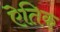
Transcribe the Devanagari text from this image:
ऐतिक